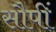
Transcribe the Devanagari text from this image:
सौपीं